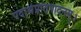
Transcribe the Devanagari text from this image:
पदार्थप्रतिपादनम्।